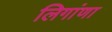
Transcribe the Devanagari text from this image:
लिगांणा